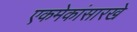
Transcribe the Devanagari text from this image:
एकमेकांसारखे